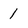
Character: 1